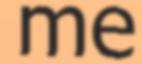
me